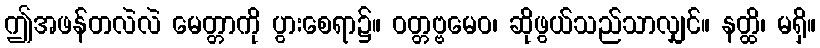
ဤအဖန်တလဲလဲ မေတ္တာကို ပွားစေရာ၌။ ဝတ္တဗ္ဗမေဝ၊ ဆိုဖွယ်သည်သာလျှင်။ နတ္ထိ၊ မရှိ။